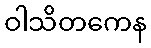
ဝါသိတကေန